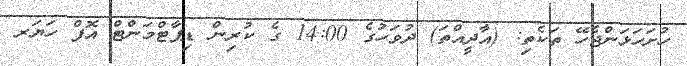
ހުށަހަޅަންޖެހޭ ތަކެތި: (އާދީއްތަ) ދުވަހުގެ 14:00 ގެ ކުރިން ޑިޕާޓްމަންޓް އޮފް ހަޔަރ